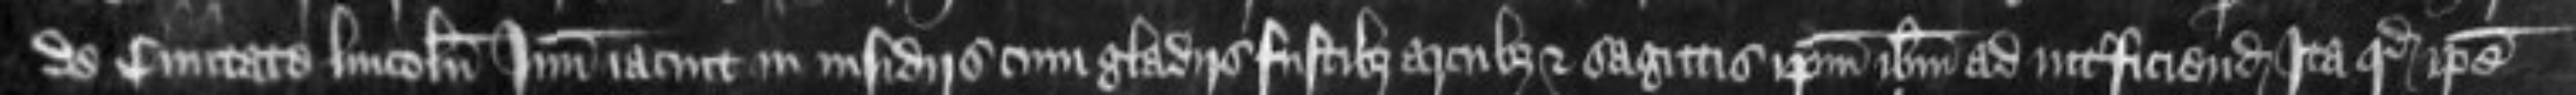
de civitate Lincolnie Juniorem iacuit in insidiis cum gladiis fustibus arcubus et sagittis ipsum ibidem ad interficiendum Ita quod ipse